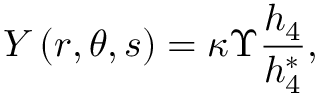
Y \left( r , \theta , s \right) = \kappa \Upsilon \frac { h _ { 4 } } { h _ { 4 } ^ { * } } ,